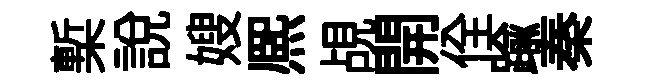
槧說嫂熈覘開佺踰秦